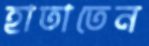
হাতাতেন